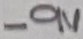
Text: -9V